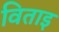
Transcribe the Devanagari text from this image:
विताइ